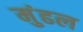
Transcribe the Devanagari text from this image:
मुंढल